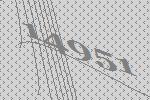
14951